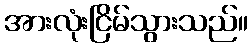
အားလုံးငြိမ်သွားသည်။